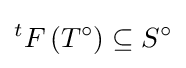
{}^{t}F\left(T^{\circ }\right)\subseteq S^{\circ }